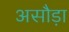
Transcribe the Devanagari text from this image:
असौड़ा